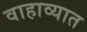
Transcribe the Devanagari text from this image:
वाहाव्यात